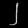
Digit: ၂